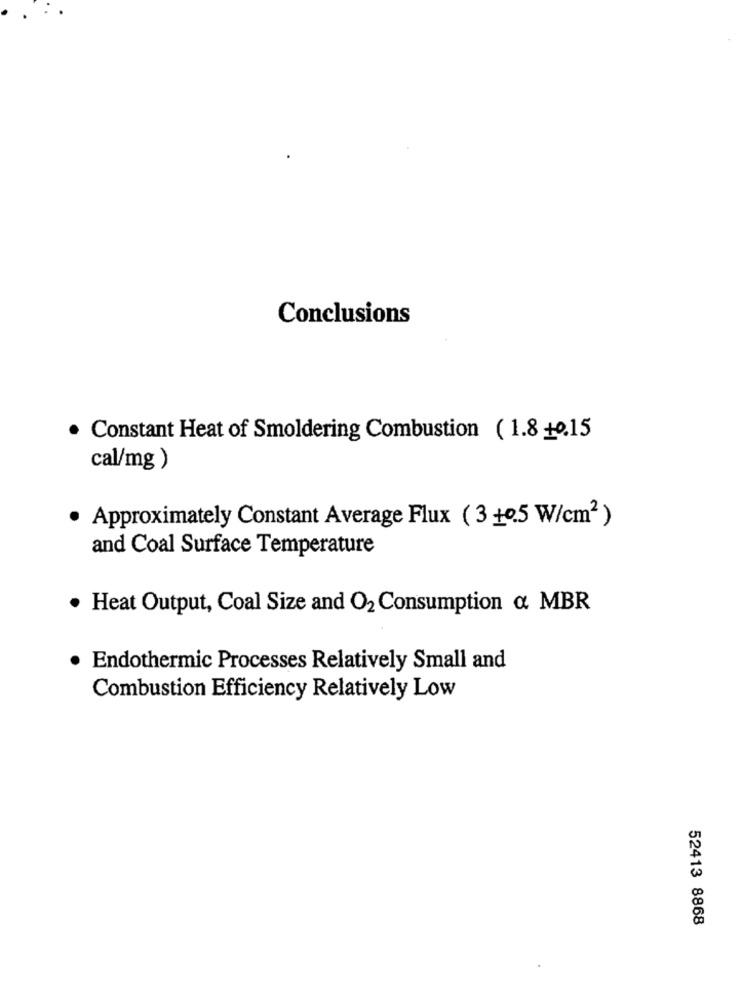
Conclusions
. Constant Heat of Smoldering Combustion ( 1.8 +0.15
cal/mg )
· Approximately Constant Average Flux (3 +0.5 W/cm2)
and Coal Surface Temperature
. Heat Output, Coal Size and O2 Consumption & MBR
Endothermic Processes Relatively Small and
Combustion Efficiency Relatively Low
52413 8868